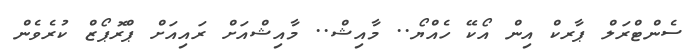
ސެންޓްރަލް ޕާރކް އިން އޯކޭ ހެއްޔޯ.. މާއިޝް.. މާއިޝްއަށް ރައިއަށް ޕްރޮޕޯޒް ކުރެވެން